Vaccination in Bombay 1924-1928 - 1924-1928
Year: 1924
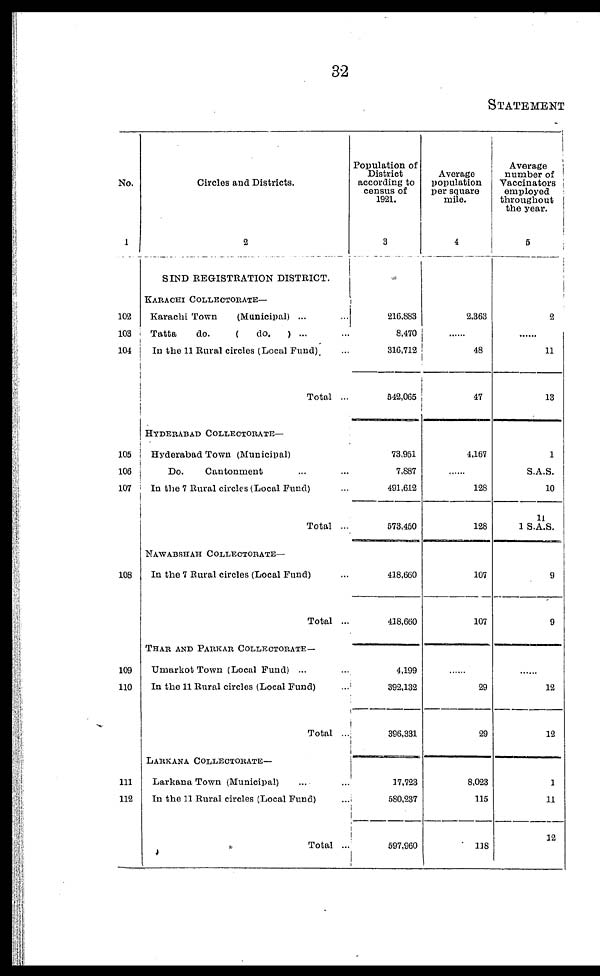
32
STATEMENT
No.
1
102
103
104
105
106
107
108
109
110
111
112
Circles and Districts.
2
SIND REGISTRATION DISTRICT.
KARACHI COLLECTORATE—
Karachi Town
(Municipal) ... ...
Tatta
do.
(
do.
) ... ...
In the 11 Rural circles (Local Fund) ...
Total ...
HYDERABAD COLLECTORATE—
Hyderabad Town (Municipal)
Do.
Cantonment
In the 7 Rural circles (Local Fund) ...
Total ...
NAWABSHAH COLLECTORATE—
In the 7 Rural circles (Local Fund) ...
Total ...
THAR AND PARKAR COLLECTORATE—
Umarkot Town (Local Fund) ... ...
In the 11 Rural circles (Local Fund)
...
Total ...
LARKANA COLLECTORATE—
Larkana Town (Municipal) ... ...
In the 11 Rural circles (Local Fund) ...
Total ...
Population of
District
according to
census of
1921.
3
216,883
8,470
316,712
542,065
73,951
7,887
491,612
573,450
418,660
418,660
4,199
392,132
396,331
17,723
580,237
597,960
Average
population
per square
mile.
4
2,363
48
47
4,167
......
128
128
107
107
......
29
29
8,023
115
118
Average
number of
Vaccinators
employed
throughout
the year.
5
2
......
11
13
1
S.A.S.
10
11
1 S.A.S.
9
9
......
12
12
1
11
12